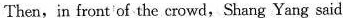
Then, in iront of the crowd, Shang Yang said